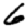
Digit: 6